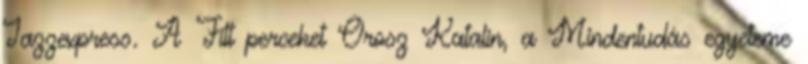
Jazzexpress. A Fitt perceket Orosz Katalin, a Mindentudás egyeteme